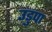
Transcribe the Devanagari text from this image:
उडुपा